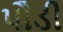
પૌડી